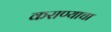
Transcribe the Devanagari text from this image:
कराण्याचा